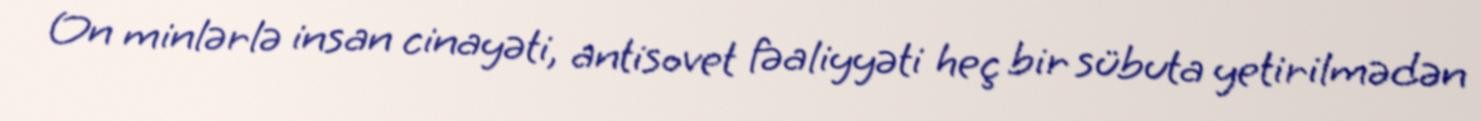
On minlərlə insan cinayəti, antisovet fəaliyyəti heç bir sübuta yetirilmədən